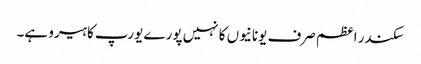
سکندر اعظم صرف یونانیوں کا نہیں پورے یورپ کا ہیرو ہے۔